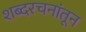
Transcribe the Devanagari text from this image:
शब्दरचनांतून